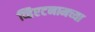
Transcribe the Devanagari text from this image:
व्हिएटनामच्या